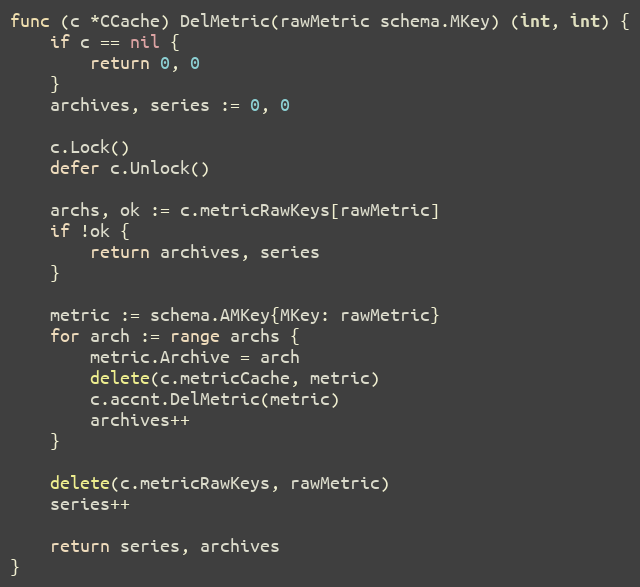
Language: Go
func (c *CCache) DelMetric(rawMetric schema.MKey) (int, int) {
	if c == nil {
		return 0, 0
	}
	archives, series := 0, 0

	c.Lock()
	defer c.Unlock()

	archs, ok := c.metricRawKeys[rawMetric]
	if !ok {
		return archives, series
	}

	metric := schema.AMKey{MKey: rawMetric}
	for arch := range archs {
		metric.Archive = arch
		delete(c.metricCache, metric)
		c.accnt.DelMetric(metric)
		archives++
	}

	delete(c.metricRawKeys, rawMetric)
	series++

	return series, archives
}